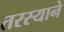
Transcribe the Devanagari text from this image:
तरस्याने